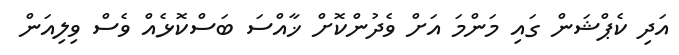
އަދި ކެޕްޝަން ގައި މަންމަ އަށް ވެދުންކޮށް ޚާއްސަ ބަސްކޮޅެއް ވެސް ވިލިއަން